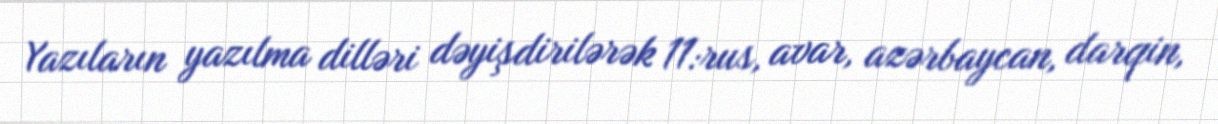
Yazıların yazılma dilləri dəyişdirilərək 11:rus, avar, azərbaycan, darqin,